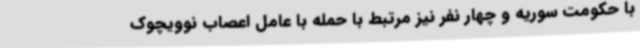
با حکومت سوریه و چهار نفر نیز مرتبط با حمله با عامل اعصاب نوویچوک